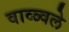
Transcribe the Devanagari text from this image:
वाळ्वले